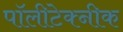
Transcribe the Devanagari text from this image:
पॉलीटेक्नीक